Leaving Certificate Examination (including Day School Certificate (Higher) General paper), 1927
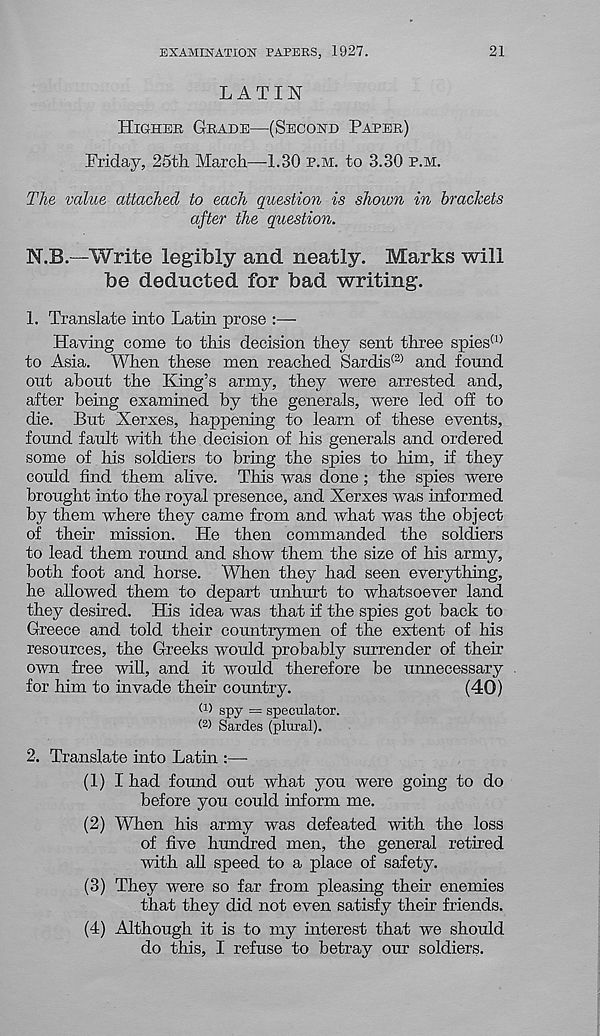
EXAMINATION PAPERS, 1927.
21
LATIN
HIGHER GBADE—(SECOND PAPER)
Friday, 25th March—1.30 P.M. to 3.30 P.M.
The value attached to each question is shown in brackets
after the question.
N.B.—Write legibly and neatly. Marks will
be deducted for bad writing.
1. Translate into Latin prose
Having come to this decision they sent three spies (1)
to Asia. When these men reached Sardis (2) and found
out about the King’s army, they were arrested and,
after being examined by the generals, were led off to
die. But Xerxes, happening to learn of these events,
found fault with the decision of his generals and ordered
some of his soldiers to bring the spies to him, if they
could find them alive. This was done; the spies were
brought into the royal presence, and Xerxes was informed
by them where they came from and what was the object
of their mission. He then commanded the soldiers
to lead them round and show them the size of his army,
both foot and horse. When they had seen everything,
he allowed them to depart unhurt to whatsoever land
they desired. His idea was that if the spies got back to
Greece and told their countrymen of the extent of his
resources, the Greeks would probably surrender of them
own free will, and it would therefore be unnecessary
for him to invade their country.
(40)
(D spy = speculator.
(2) Sardes (plural).
2. Translate into Latm :—
(1) I had found out what you were going to do
before you could inform me.
(2) When his army was defeated with the loss
of five hundred men, the general retired
with all speed to a place of safety.
(3) They were so far from pleasing their enemies
that they did not even satisfy their friends.
(4) Although it is to my interest that we should
do this, I refuse to betray our soldiers.